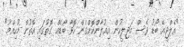
"އެލްޖީއޭ ބޯޑު ވެސް މަޖިލީހުން އިއުލާންކޮށްގެން ހޮވާ ބޯޑެއް ގޮތުގައި އޮތުން މުހިއްމު"